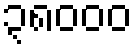
၃၈၀၀၀